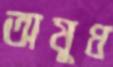
অষুধ